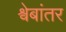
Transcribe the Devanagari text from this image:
श्वेबांतर